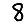
Digit: 8